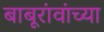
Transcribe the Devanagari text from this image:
बाबूरांवांच्या